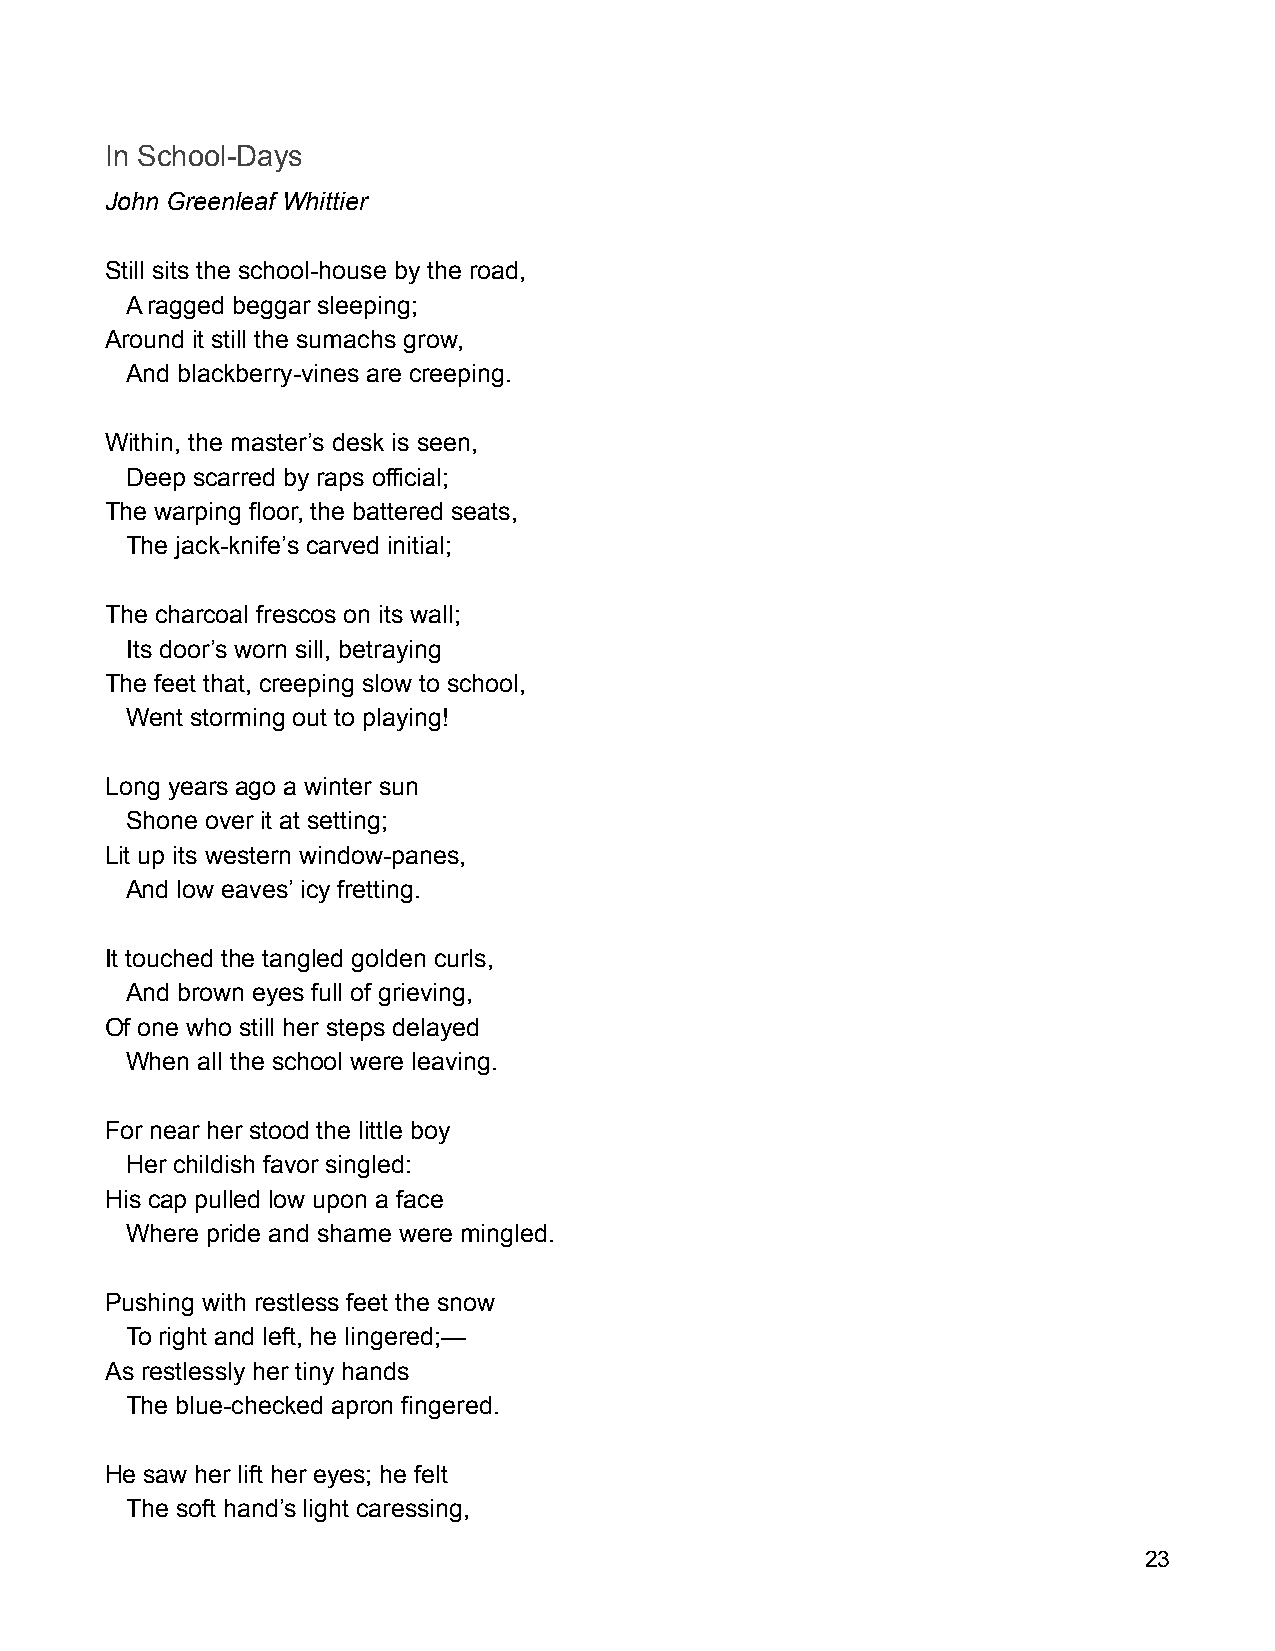
In School-Days
 John Greenleaf Whittier
 Still sits the school-house by the road,
 A ragged beggar sleeping;
 Around it still the sumachs grow,
 And blackberry-vines are creeping.
 Within, the master’s desk is seen,
 Deep scarred by raps official;
 The warping floor, the battered seats,
 The jack-knife’s carved initial;
 The charcoal frescos on its wall;
 Its door’s worn sill, betraying
 The feet that, creeping slow to school,
 Went storming out to playing!
 Long years ago a winter sun
 Shone over it at setting;
 Lit up its western window-panes,
 And low eaves’ icy fretting.
 It touched the tangled golden curls,
 And brown eyes full of grieving,
 Of one who still her steps delayed
 When all the school were leaving.
 For near her stood the little boy
 Her childish favor singled:
 His cap pulled low upon a face
 Where pride and shame were mingled.
 Pushing with restless feet the snow
 To right and left, he lingered;—
 As restlessly her tiny hands
 The blue-checked apron fingered.
 He saw her lift her eyes; he felt
 The soft hand’s light caressing,
 23